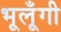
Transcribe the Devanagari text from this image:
भूलूँगी